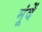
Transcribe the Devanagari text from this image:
मूंदें